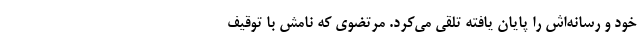
خود و رسانه‌اش را پایان یافته تلقی می‌کرد. مرتضوی که نامش با توقیف